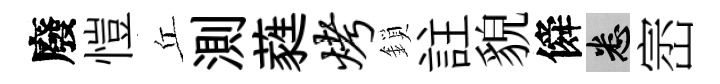
廢愷丘測蕤烤鎖註貌僢悉崈